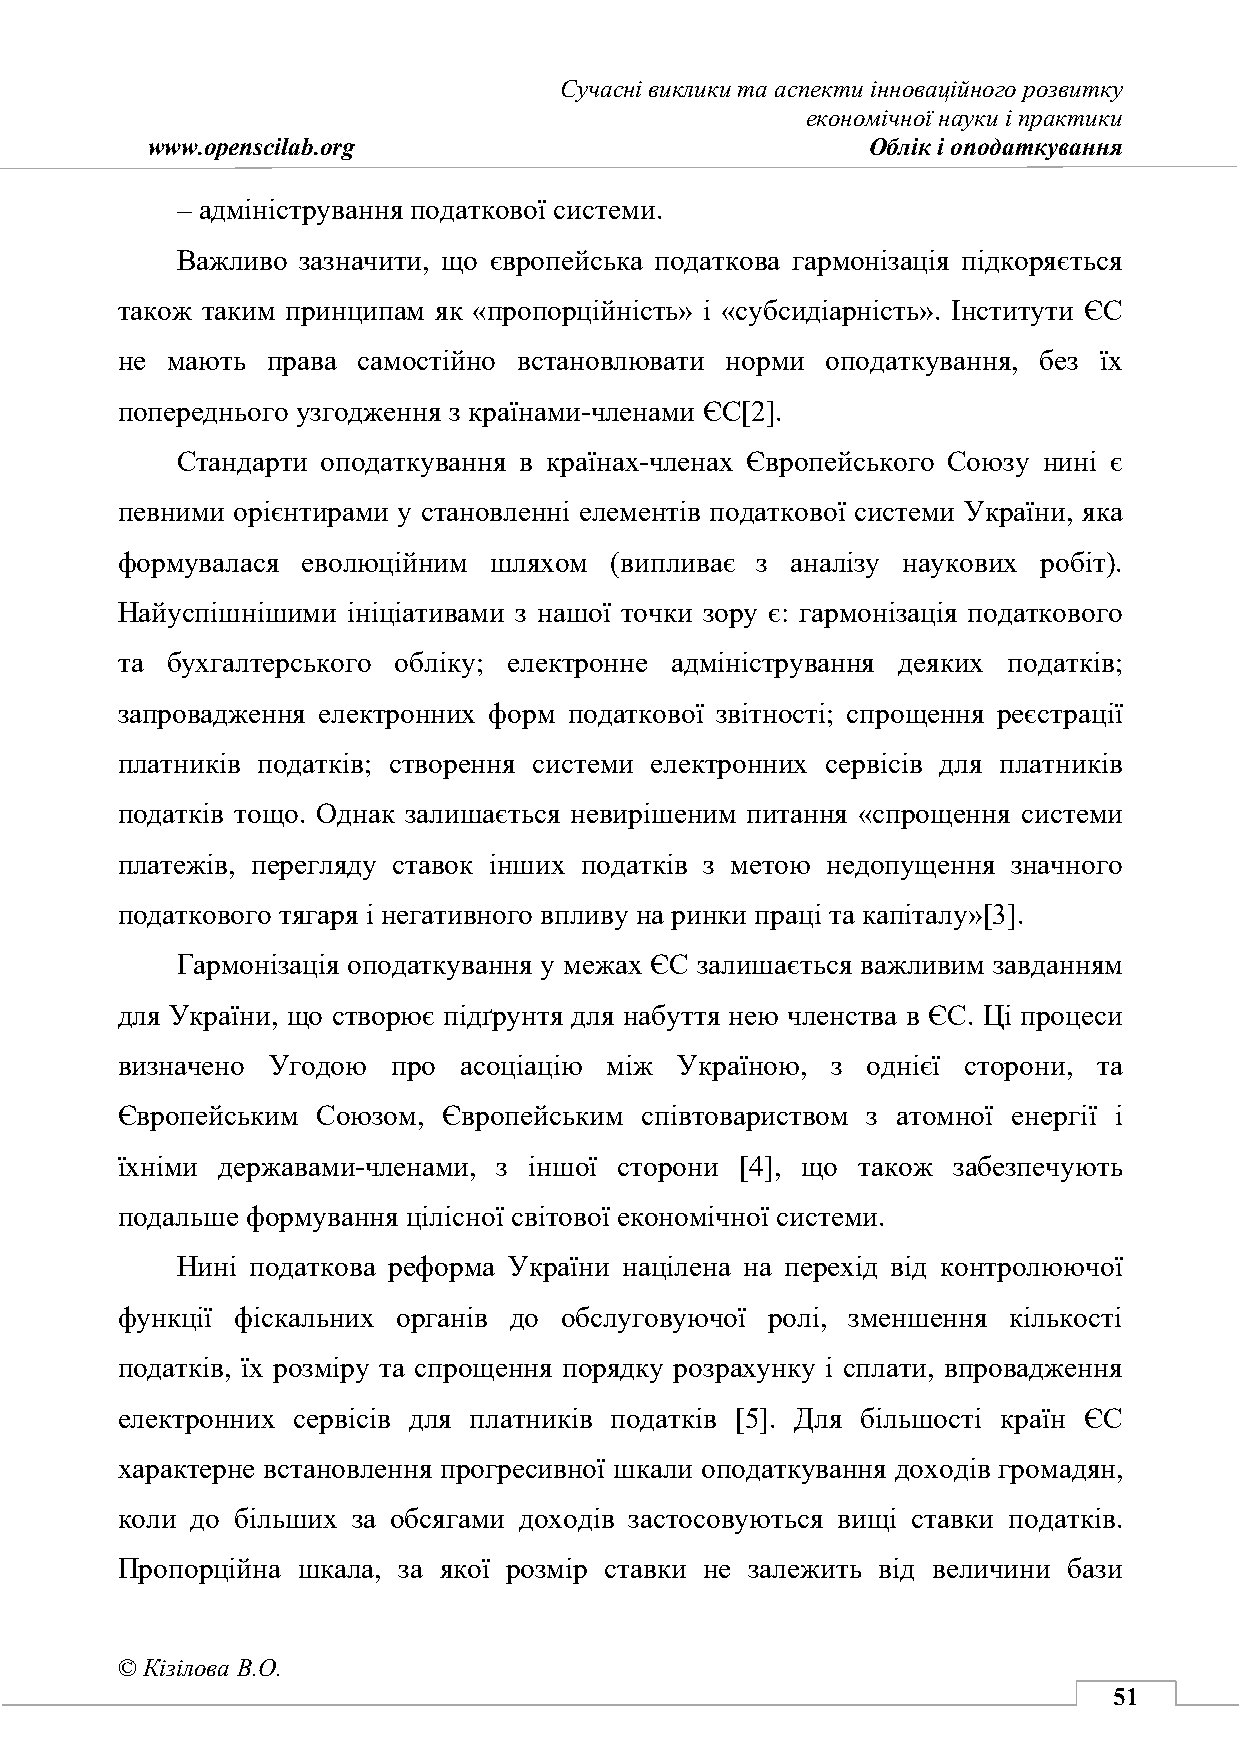
Сучасні виклики та аспекти інноваційного розвитку
 економічної науки і практики
 www.openscilab.org                             Облік і оподаткування
 – адміністрування податкової системи.
 Важливо зазначити, що європейська податкова гармонізація підкоряється
 також таким принципам як «пропорційність» і «субсидіарність». Інститути ЄС
 не мають  права самостійно встановлювати норми оподаткування, без їх
 попереднього узгодження з країнами-членами ЄС[2].
 Стандарти оподаткування в країнах-членах Європейського Союзу нині є
 певними орієнтирами у становленні елементів податкової системи України, яка
 формувалася еволюційним шляхом  (випливає з аналізу наукових робіт).
 Найуспішнішими ініціативами з нашої точки зору є: гармонізація податкового
 та бухгалтерського обліку; електронне адміністрування деяких податків;
 запровадження електронних форм податкової звітності; спрощення реєстрації
 платників податків; створення системи електронних сервісів для платників
 податків тощо. Однак залишається невирішеним питання «спрощення системи
 платежів, перегляду ставок інших податків з метою недопущення значного
 податкового тягаря і негативного впливу на ринки праці та капіталу»[3].
 Гармонізація оподаткування у межах ЄС залишається важливим завданням
 для України, що створює підґрунтя для набуття нею членства в ЄС. Ці процеси
 визначено Угодою  про асоціацію між  Україною, з однієї сторони, та
 Європейським Союзом, Європейським співтовариством з атомної енергії і
 їхніми державами-членами, з іншої сторони [4], що також забезпечують
 подальше формування цілісної світової економічної системи.
 Нині податкова реформа України націлена на перехід від контролюючої
 функції фіскальних органів до обслуговуючої ролі, зменшення кількості
 податків, їх розміру та спрощення порядку розрахунку і сплати, впровадження
 електронних сервісів для платників податків [5]. Для більшості країн ЄС
 характерне встановлення прогресивної шкали оподаткування доходів громадян,
 коли до більших за обсягами доходів застосовуються вищі ставки податків.
 Пропорційна шкала, за якої розмір ставки не залежить від величини бази
 © Кізілова В.О.
 51